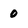
Character: 0